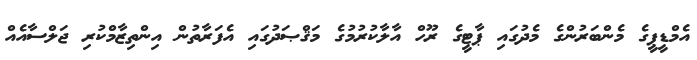
އެމްޑީޕީގެ މެންބަރުންގެ މެދުގައި ޕާޓީގެ ރޫހް އާލާކުރުމުގެ މަޤްޞަދުގައި އެފަރާތުން އިންތިޒާމްކުރި ޖަލްސާއެއް